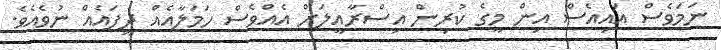
ނަމަވެސް އައިއެސް އިން މީގެ ކުރިން އިސްރާއީލަށް އެއްވެސް ހަމަލާއެއް ދީފައެއް ނުވެއެވެ.